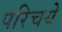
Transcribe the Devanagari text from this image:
परिचयें